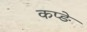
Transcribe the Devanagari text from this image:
कप्ङे